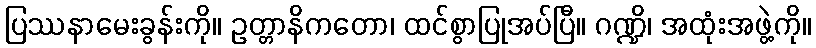
ပြဿနာမေးခွန်းကို။ ဥတ္တာနိကတော၊ ထင်စွာပြုအပ်ပြီ။ ဂဏ္ဍိ၊ အထုံးအဖွဲ့ကို။